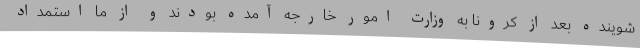
شوینده بعد از کرونا به وزارت امور خارجه آمده بودند و از ما استمداد